Report of veterinary surgeon J.H. Steel, A.V.D., on his investigation into an obscure and fatal disease among transport mules in British Burma
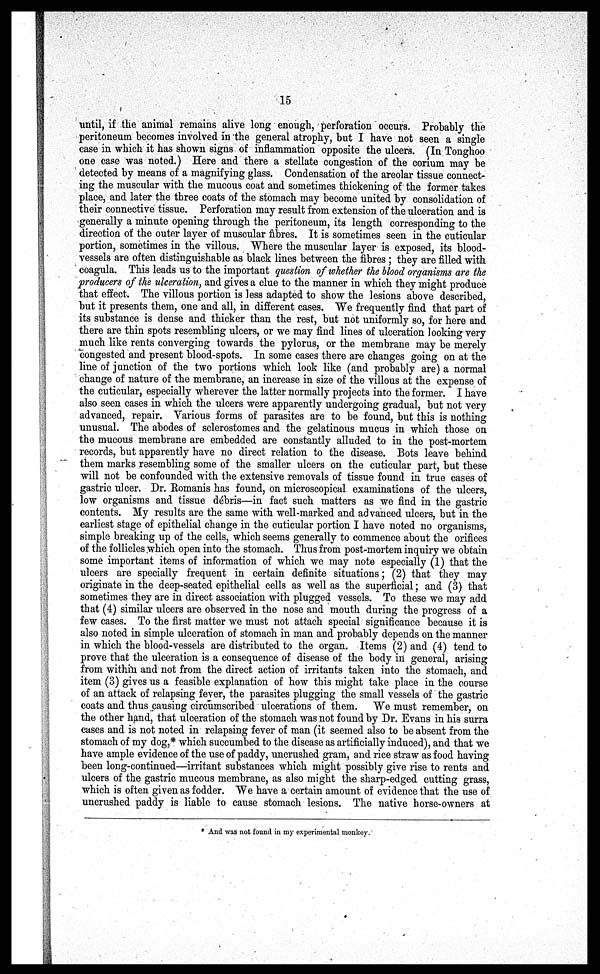
15
until, if the animal remains alive long enough, perforation occurs. Probably the
peritoneum becomes involved in the general atrophy, but I have not seen a single
case in which it has shown signs of inflammation opposite the ulcers. (In Tonghoo
one case was noted.) Here and there a stellate congestion of the corium may be
detected by means of a magnifying glass. Condensation of the areolar tissue connect-
ing the muscular with the mucous coat and sometimes thickening of the former takes
place, and later the three coats of the stomach may become united by consolidation of
their connective tissue. Perforation may result from extension of the ulceration and is
generally a minute opening through the peritoneum, its length corresponding to the
direction of the outer layer of muscular fibres. It is sometimes seen in the cuticular
portion, sometimes in the villous. Where the muscular layer is exposed, its blood-
vessels are often distinguishable as black lines between the fibres; they are filled with
coagula. This leads us to the important question of whether the blood organisms are the
producers of the ulceration, and gives a clue to the manner in which they might produce
that effect. The villous portion is less adapted to show the lesions above described,
but it presents them, one and all, in different cases. We frequently find that part of
its substance is dense and thicker than the rest, but not uniformly so, for here and
there are thin spots resembling ulcers, or we may find lines of ulceration looking very
much like rents converging towards the pylorus, or the membrane may be merely
congested and present blood-spots. In some cases there are changes going on at the
line of junction of the two portions which look like (and probably are) a normal
change of nature of the membrane, an increase in size of the villous at the expense of
the cuticular, especially wherever the latter normally projects into the former. I have
also seen cases in which the ulcers were apparently undergoing gradual, but not very
advanced, repair. Various forms of parasites are to be found, but this is nothing
unusual. The abodes of sclerostomes and the gelatinous mucus in which those on
the mucous membrane are embedded are constantly alluded to in the post-mortem
records, but apparently have no direct relation to the disease. Bots leave behind
them marks resembling some of the smaller ulcers on the cuticular part, but these
will not be confounded with the extensive removals of tissue found in true cases of
gastric ulcer. Dr. Romanis has found, on microscopical examinations of the ulcers,
low organisms and tissue debris—in fact such matters as we find in the gastric
contents. My results are the same with well-marked and advanced ulcers, but in the
earliest stage of epithelial change in the cuticular portion I have noted no organisms,
simple breaking up of the cells, which seems generally to commence about the orifices
of the follicles which open into the stomach. Thus from post-mortem inquiry we obtain
some important items of information of which we may note especially (1) that the
ulcers are specially frequent in certain definite situations; (2) that they may
originate in the deep-seated epithelial cells as well as the superficial; and (3) that
sometimes they are in direct association with plugged vessels. To these we may add
that (4) similar ulcers are observed in the nose and mouth during the progress of a
few cases. To the first matter we must not attach special significance because it is
also noted in simple ulceration of stomach in man and probably depends on the manner
in which the blood-vessels are distributed to the organ. Items (2) and (4) tend to
prove that the ulceration is a consequence of disease of the body in general, arising
from within and not from the direct action of irritants taken into the stomach, and
item (3) gives us a feasible explanation of how this might take place in the course
of an attack of relapsing fever, the parasites plugging the small vessels of the gastric
coats and thus causing circumscribed ulcerations of them. We must remember, on
the other hand, that ulceration of the stomach was not found by Dr. Evans in his surra
cases and is not noted in relapsing fever of man (it seemed also to be absent from the
stomach of my dog,* which succumbed to the disease as artificially induced), and that we
have ample evidence of the use of paddy, uncrushed gram, and rice straw as food having
been long-continued—irritant substances which might possibly give rise to rents and
ulcers of the gastric mucous membrane, as also might the sharp-edged cutting grass,
which is often given as fodder. We have a certain amount of evidence that the use of
uncrushed paddy is liable to cause stomach lesions. The native horse-owners at
* And was not found in my experimental monkey.